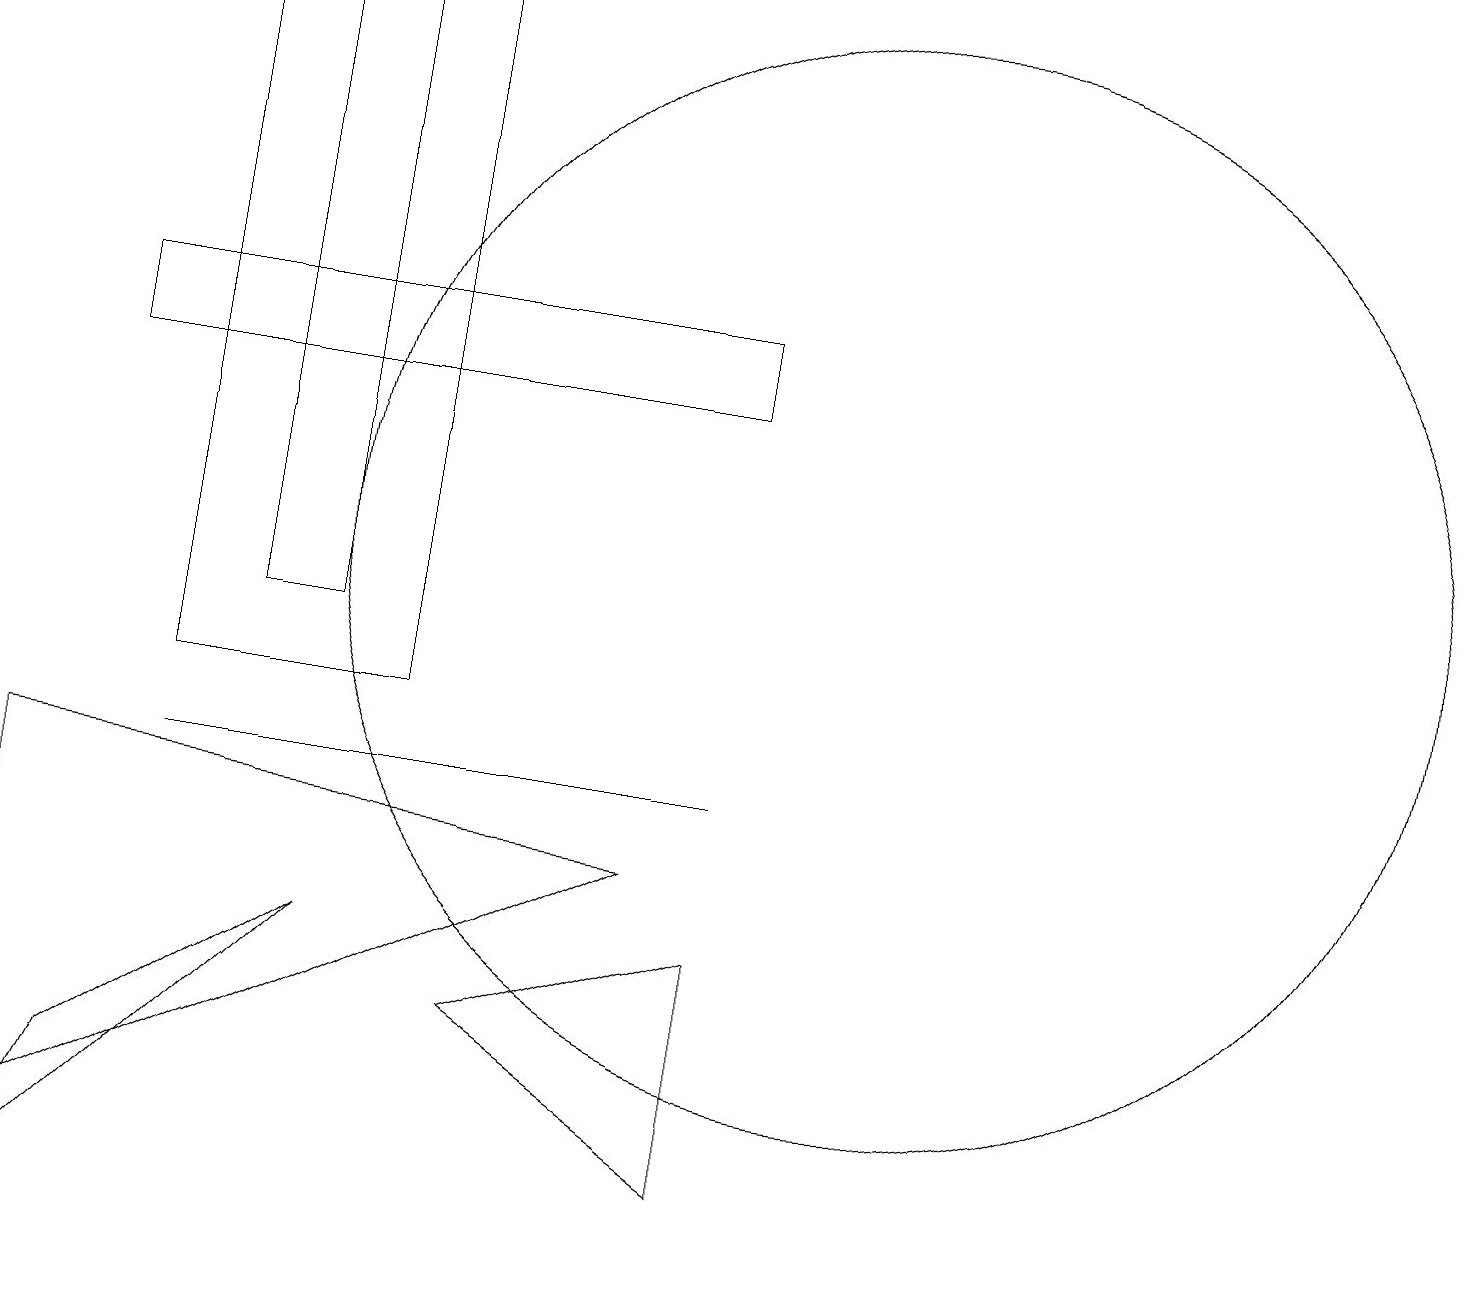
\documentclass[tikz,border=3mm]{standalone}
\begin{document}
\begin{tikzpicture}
\draw (9,15) rectangle (1,14);
\draw (0,4) -- (8,8) -- (0,9) -- cycle;
\draw (4,19) rectangle (3,11);
\draw (6,6) -- (9,7) -- (9,4) -- cycle;
\draw (11,12) circle (7);
\draw (4,7) -- (1,5) -- (0,3) -- cycle;
\draw (9,9) -- (2,9) -- (5,9) -- cycle;
\draw (2,10) rectangle (5,19);
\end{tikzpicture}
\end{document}